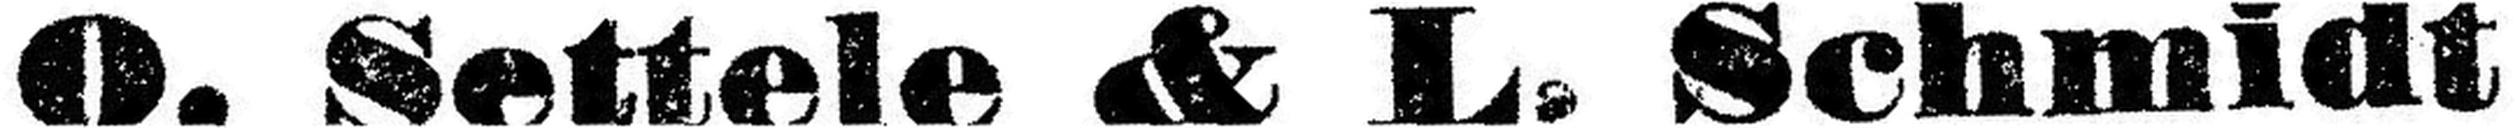
O. Settele & L. Schmidt